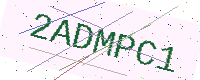
Text: 2ADMPC1